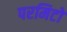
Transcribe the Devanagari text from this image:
परमिटों